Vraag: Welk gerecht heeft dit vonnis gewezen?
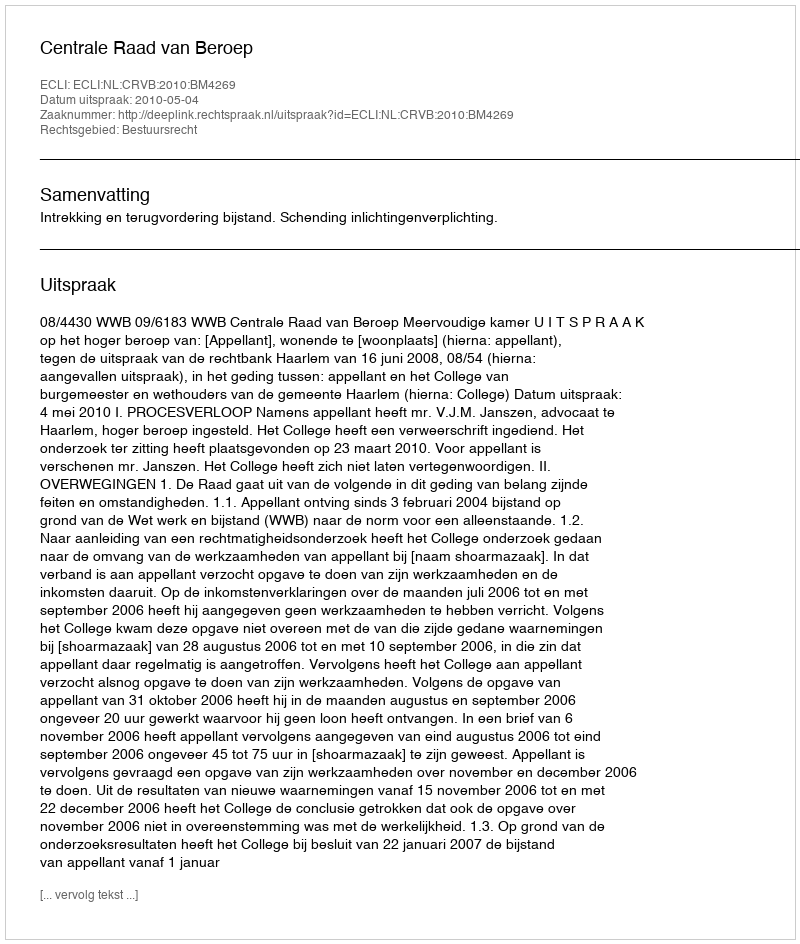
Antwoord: Centrale Raad van Beroep